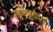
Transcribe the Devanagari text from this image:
सगुणमूर्तीच्या